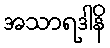
အသာရဒါနိ